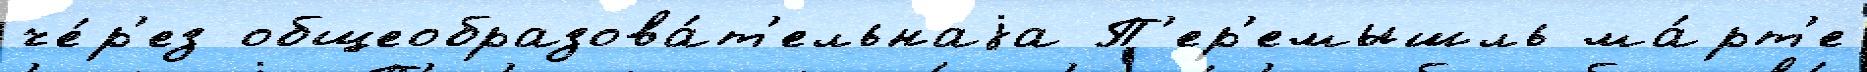
че́р'ез общеобразова́т'ельнаjа П'ер'емышль ма́рт'е